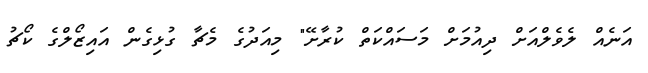
އަނެއް ލެވެލްއަށް ދިއުމަށް މަސައްކަތް ކުރާށޭ" މިއަދުގެ މެޗާ ގުޅިގެން އައިޒޯލްގެ ކޯޗު